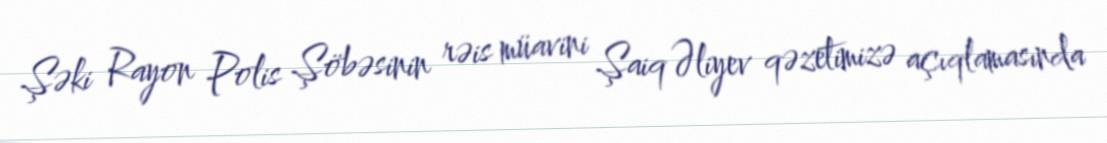
Şəki Rayon Polis Şöbəsinin rəis müavini Şaiq Əliyev qəzetimizə açıqlamasında